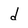
Character: d